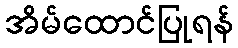
အိမ်ထောင်ပြုရန်